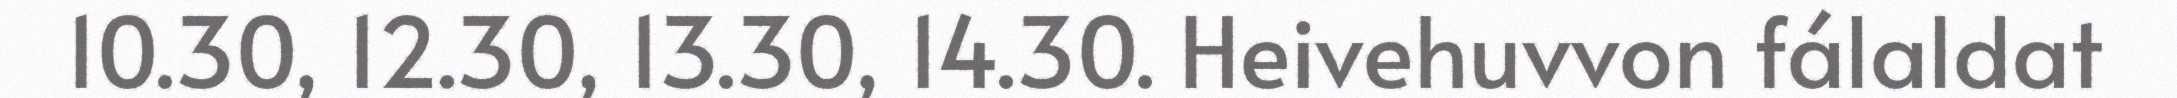
10.30, 12.30, 13.30, 14.30. Heivehuvvon fálaldat